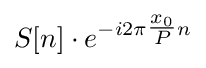
S[n]\cdot e^{-i2\pi {\tfrac {x_{0}}{P}}n}